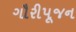
ગૌરીપૂજન